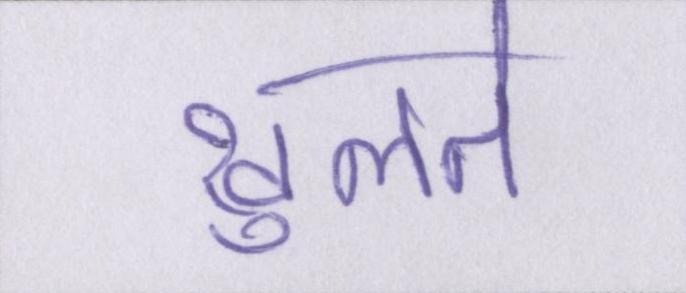
खुलते